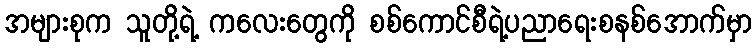
အများစုက သူတို့ရဲ့ ကလေးတွေကို စစ်ကောင်စီရဲ့ပညာရေးစနစ်အောက်မှာ